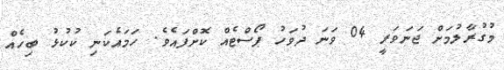
މުގުރާލުމަށް ޖަނަވަރީ 04 ވަނަ ދުވަހު ޕޯސްޓެއް ކޮށްފައެވެ. ހަމައެކަނި ކުކުޅު ބިހެއް